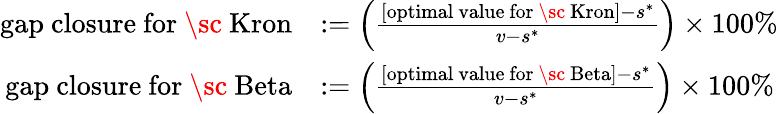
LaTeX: \begin{array}{rl}{\mathrm{gap~closure~for~\mathrm{\sc~Kron}}}&{:=\left(\frac{\mathrm{[optimal~value~for~\mathrm{\sc~Kron}]}-s^{*}}{v-s^{*}}\right)\times 100\% }\\ {\mathrm{gap~closure~for~\mathrm{\sc~Beta}}}&{:=\left(\frac{\mathrm{[optimal~value~for~\mathrm{\sc~Beta}]}-s^{*}}{v-s^{*}}\right)\times 100\% }\end{array}